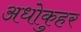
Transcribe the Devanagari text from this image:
अधोकुहर